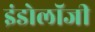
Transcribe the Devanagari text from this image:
इंडोलॉजी